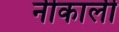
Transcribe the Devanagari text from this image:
नीकाली